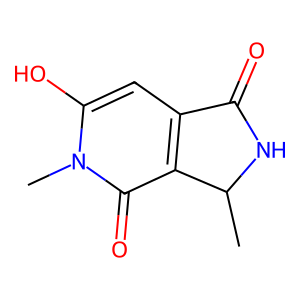
SMILES: CC1NC(=O)c2cc(O)n(C)c(=O)c21
Inhibits HIV replication: No